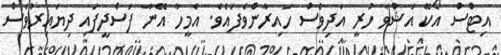
އިޓްސް އޯކޭ އަޝްވާ ހުރީ އަދިވެސް ހައިރާންވެފައެވެ. އެމީހާ އޭނާ ފަސްދީފައި ދިޔައިރުވެސް